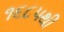
૧૬૮૫થી